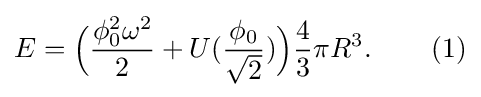
E={\Big (}{\frac {\phi _{0}^{2}\omega ^{2}}{2}}+U({\frac {\phi _{0}}{\sqrt {2}}}){\Big )}{\frac {4}{3}}\pi R^{3}.\,\,\,\,\,\,\,\,\,\,\,\,\,(1)